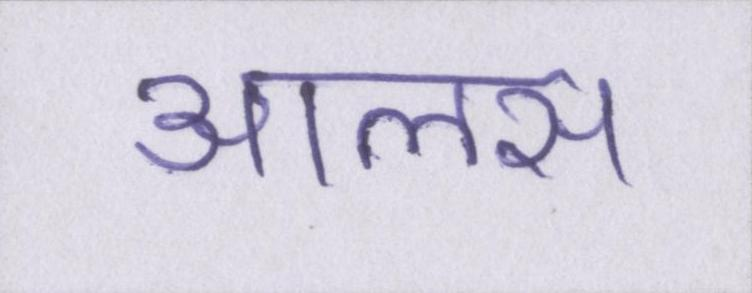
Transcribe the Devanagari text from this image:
आलस